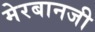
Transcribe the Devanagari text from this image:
मेरबानजी